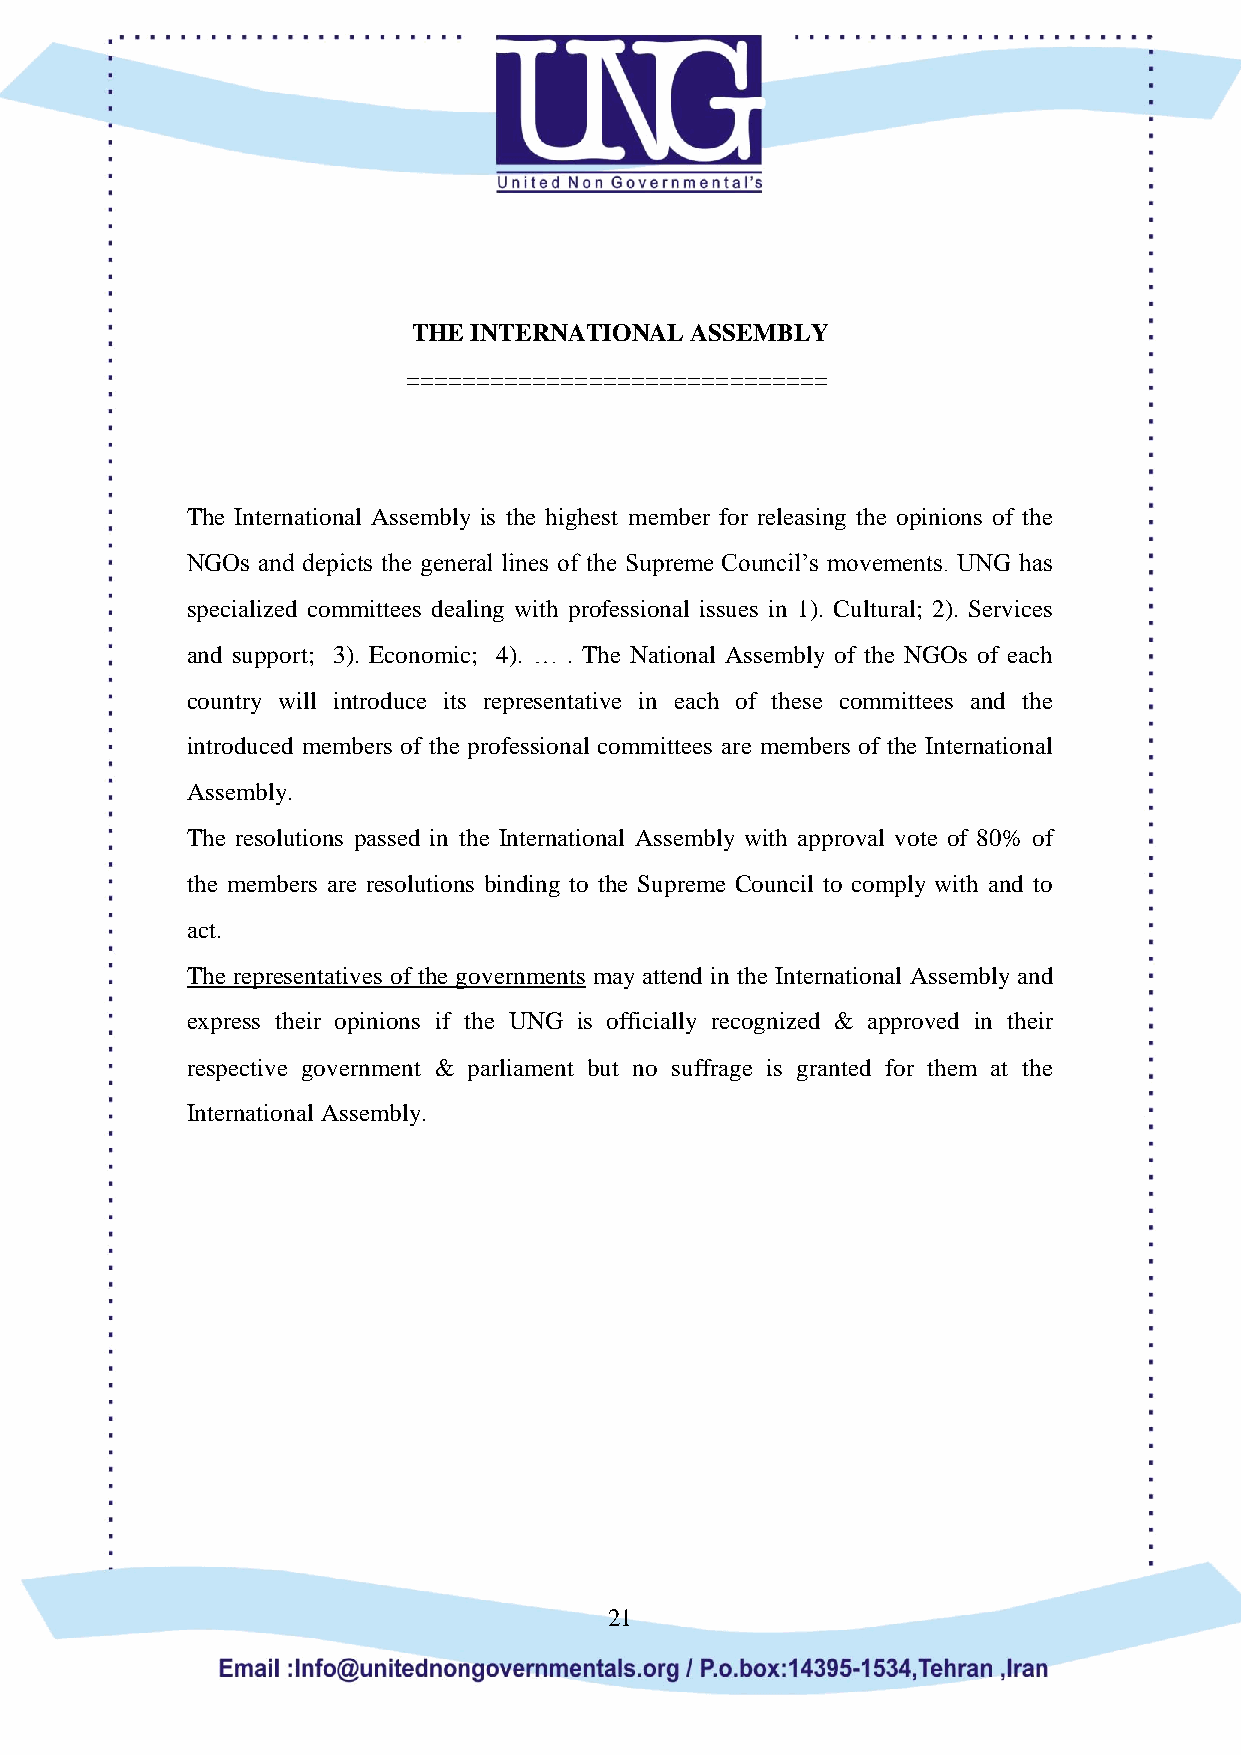
THE INTERNATIONAL  ASSEMBLY
 ==============================
 The International Assembly is the highest member for releasing the opinions of the
 NGOs and depicts the general lines of the Supreme Council’s movements. UNG has
 specialized committees dealing with professional issues in 1). Cultural; 2). Services
 and support; 3). Economic; 4). … . The National Assembly of the NGOs of each
 country will introduce its representative in each of these committees and the
 introduced members of the professional committees are members of the International
 Assembly.
 The resolutions passed in the International Assembly with approval vote of 80% of
 the members are resolutions binding to the Supreme Council to comply with and to
 act.
 The representatives of the governments may attend in the International Assembly and
 express their opinions if the UNG is officially recognized & approved in their
 respective government & parliament but no suffrage is granted for them at the
 International Assembly.
 21